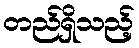
တည်ရှိသည့်